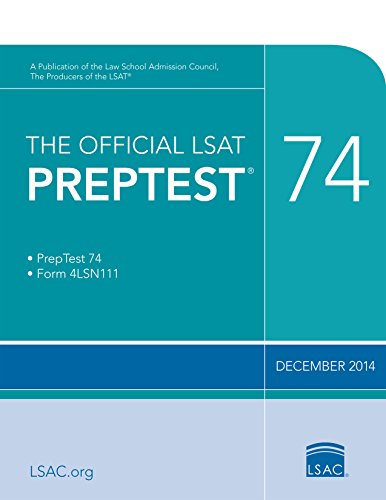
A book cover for The Official LSAT PrepTest 74: (Dec. 2014 LSAT); Law School Admission Council; Test Preparation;